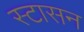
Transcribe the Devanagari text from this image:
स्टासन